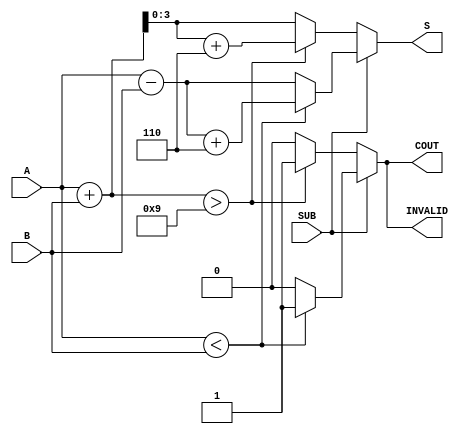
module BCD_Add_Subtracter (
    input  wire [3:0] A,      // First BCD digit
    input  wire [3:0] B,      // Second BCD digit
    input  wire SUB,          // Control signal (1 for subtraction, 0 for addition)
    output reg  [3:0] S,      // Resulting BCD digit
    output reg  COUT,         // Carry-out flag
    output reg  INVALID       // Invalid BCD flag
);

    wire [4:0] sum;           // 5-bit sum for addition
    wire [4:0] diff;          // 5-bit difference for subtraction
    wire [3:0] corrected_sum; // Corrected sum for BCD
    wire [3:0] corrected_diff; // Corrected difference for BCD
    wire sum_invalid;         // Flag for invalid sum
    wire diff_invalid;        // Flag for invalid difference

    // Calculate sum and difference
    assign sum = A + B;       // A + B
    assign diff = A - B;      // A - B

    // Check for invalid sum (greater than 9)
    assign sum_invalid = sum > 9;

    // Check for invalid difference (negative result)
    assign diff_invalid = (A < B);

    // Correct the sum if invalid
    assign corrected_sum = sum + 4'b0110; // Add 6 for BCD correction

    // Correct the difference if invalid
    assign corrected_diff = diff + 4'b0110; // Add 6 for BCD correction

    always @(*) begin
        // Default outputs
        S = 4'b0000;
        COUT = 1'b0;
        INVALID = 1'b0;

        if (SUB == 1'b0) begin
            // Addition operation
            if (sum_invalid) begin
                S = corrected_sum[3:0]; // Use corrected sum
                COUT = 1'b1;             // Set carry-out
                INVALID = 1'b1;          // Set invalid flag
            end else begin
                S = sum[3:0];            // Use normal sum
                COUT = 1'b0;             // No carry-out
            end
        end else begin
            // Subtraction operation
            if (diff_invalid) begin
                S = corrected_diff[3:0]; // Use corrected difference
                COUT = 1'b1;              // Set borrow (carry-out)
                INVALID = 1'b1;           // Set invalid flag
            end else begin
                S = diff[3:0];            // Use normal difference
                COUT = 1'b0;              // No borrow
            end
        end
    end
endmodule